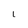
Character: 1